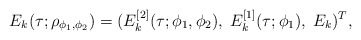
\begin{align*} E_k(\tau;\rho_{\phi_1,\phi_2})=(E_k^{[2]}(\tau;\phi_1,\phi_2),\;E_k^{[1]}(\tau;\phi_1),\;E_k)^T,\end{align*}